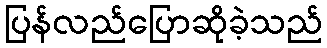
ပြန်လည်ပြောဆိုခဲ့သည်